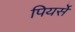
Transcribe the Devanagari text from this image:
पियर्सें